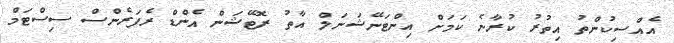
އެއްސިކުންތު އިތުރު ކުރާނެ ކަމަށް އިންޓަނޭޝަނަލް އާތު ރޮޓޭޝަން އެންޑް ރެފަރެންސް ސިސްޓަމް